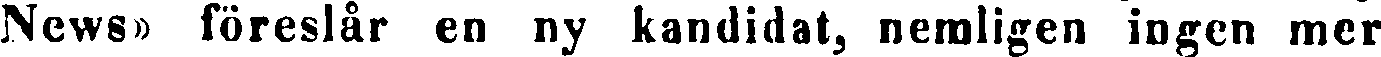
News» föreslår en ny kandidat, nemligen ingen mer